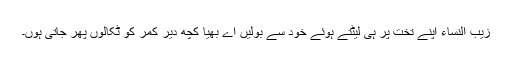
زیب النساء اپنے تخت پر ہی لیٹتے ہوئے خود سے بولیں اے بھیا کچھ دیر کمر کو ٹِکالوں پھر جاتی ہوں۔